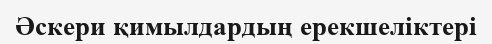
Әскери қимылдардың ерекшеліктері